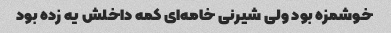
خوشمزه بود ولی شیرنی خامه‌ای کمه داخلش یه زده بود